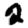
Digit: 2